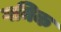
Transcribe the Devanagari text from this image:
गमिक